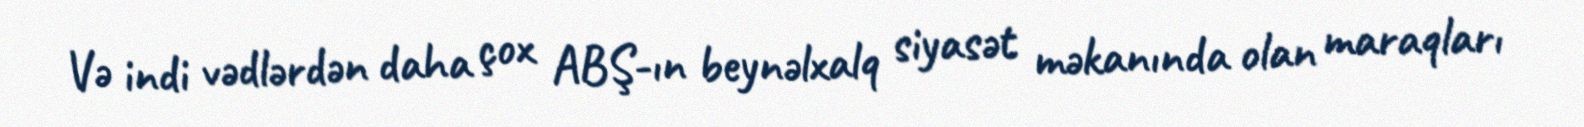
Və indi vədlərdən daha çox ABŞ-ın beynəlxalq siyasət məkanında olan maraqları